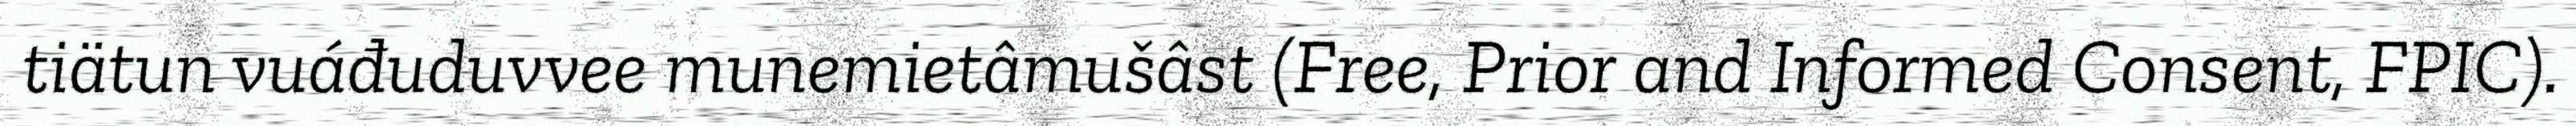
tiätun vuáđuduvvee munemietâmušâst (Free, Prior and Informed Consent, FPIC).